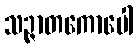
သဉ္ဇာတကောပေါ